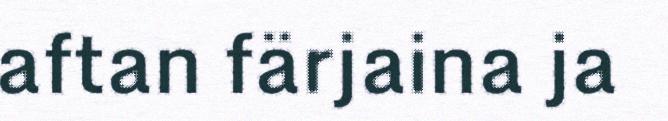
aftan färjaina ja